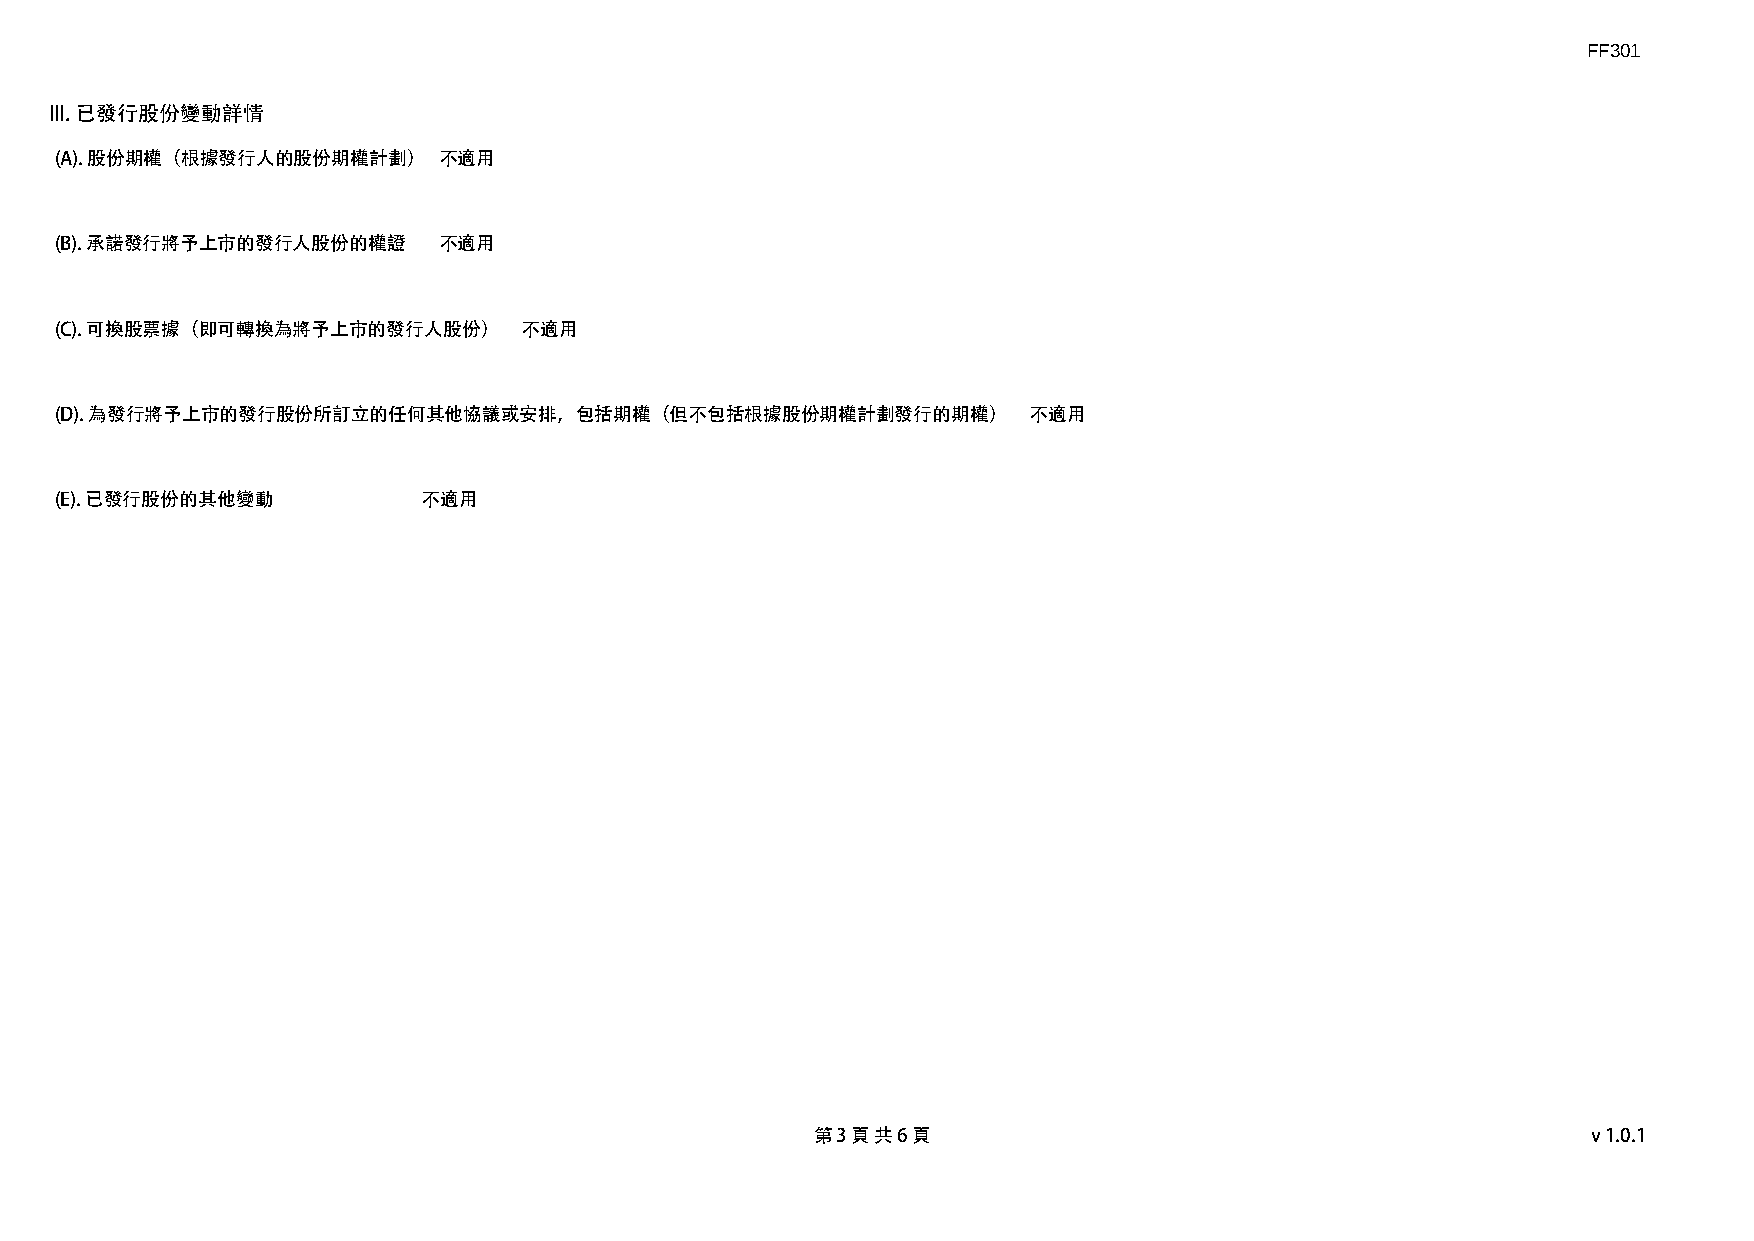
FF301
 III. 已發行股份變動詳情
 (A). 股份期權（根據發行人的股份期權計劃）  不適用
 (B). 承諾發行將予上市的發行人股份的權證   不適用
 (C). 可換股票據（即可轉換為將予上市的發行人股份）    不適用
 (D). 為發行將予上市的發行股份所訂立的任何其他協議或安排，包括期權（但不包括根據股份期權計劃發行的期權）          不適用
 (E). 已發行股份的其他變動         不適用
 第 3 頁 共 6 頁                                        v1.0.1